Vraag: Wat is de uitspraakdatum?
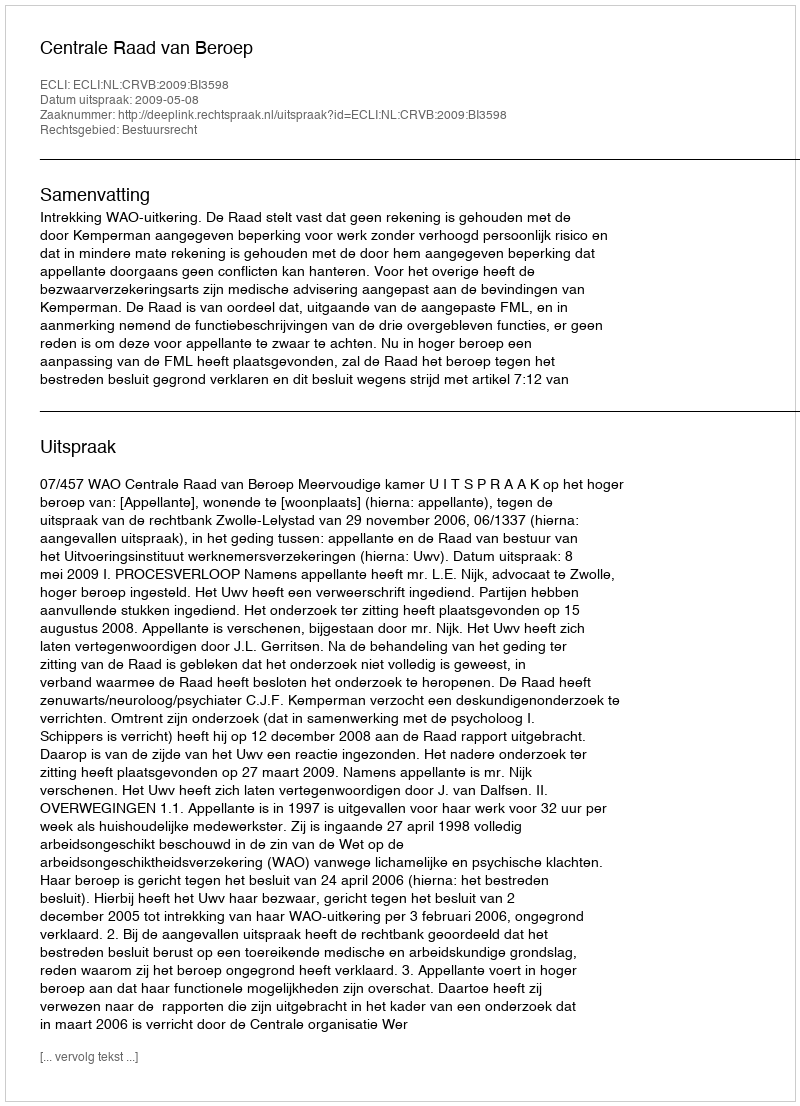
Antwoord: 2009-05-08